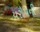
યરોપની